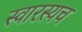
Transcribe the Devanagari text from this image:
स्वारस्यच